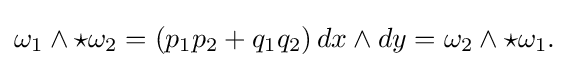
\displaystyle {\omega _{1}\wedge \star \omega _{2}=(p_{1}p_{2}+q_{1}q_{2})\,dx\wedge dy=\omega _{2}\wedge \star \omega _{1}.}